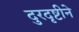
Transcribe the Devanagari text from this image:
दुरदृष्टीने